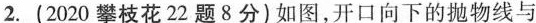
2.(2020攀枝花22题8分)如图，开口向下的抛物线与